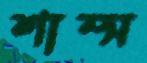
শাম্স